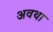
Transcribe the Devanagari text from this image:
अवथा